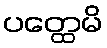
ပတ္ထေမိ